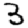
Digit: 3